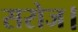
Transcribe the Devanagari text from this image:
सरोज।